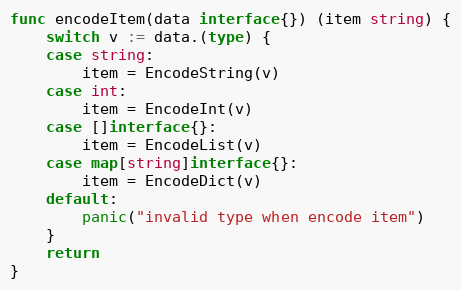
Language: Go
func encodeItem(data interface{}) (item string) {
	switch v := data.(type) {
	case string:
		item = EncodeString(v)
	case int:
		item = EncodeInt(v)
	case []interface{}:
		item = EncodeList(v)
	case map[string]interface{}:
		item = EncodeDict(v)
	default:
		panic("invalid type when encode item")
	}
	return
}